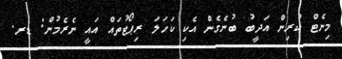
މިނެޓް ކުރިން އަދީބު ބުނެގެން އެކި ކަހަލަ ރިޕޯޓުތައް އައީ ނެރެމުން: ޑރ.